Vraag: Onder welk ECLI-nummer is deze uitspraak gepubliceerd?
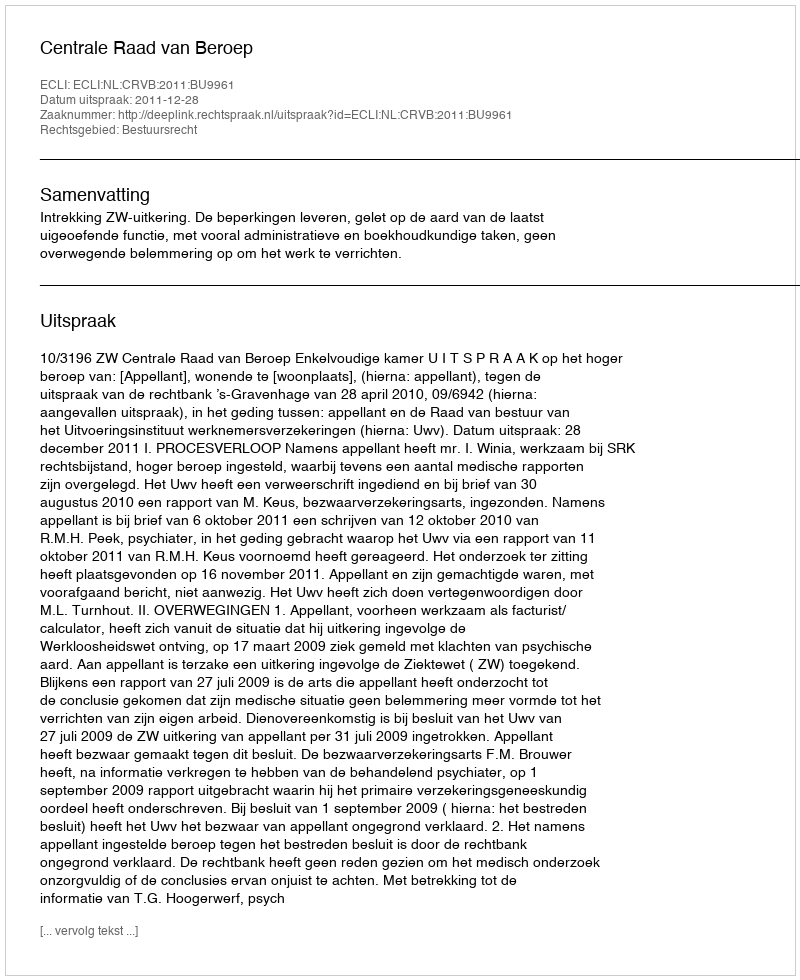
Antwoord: ECLI:NL:CRVB:2011:BU9961